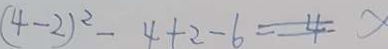
( 4 - 2 ) ^ { 2 } - 4 + 2 - 6 = 4